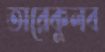
তারেকুলব